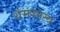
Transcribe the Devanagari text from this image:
र्धमशास्त्र